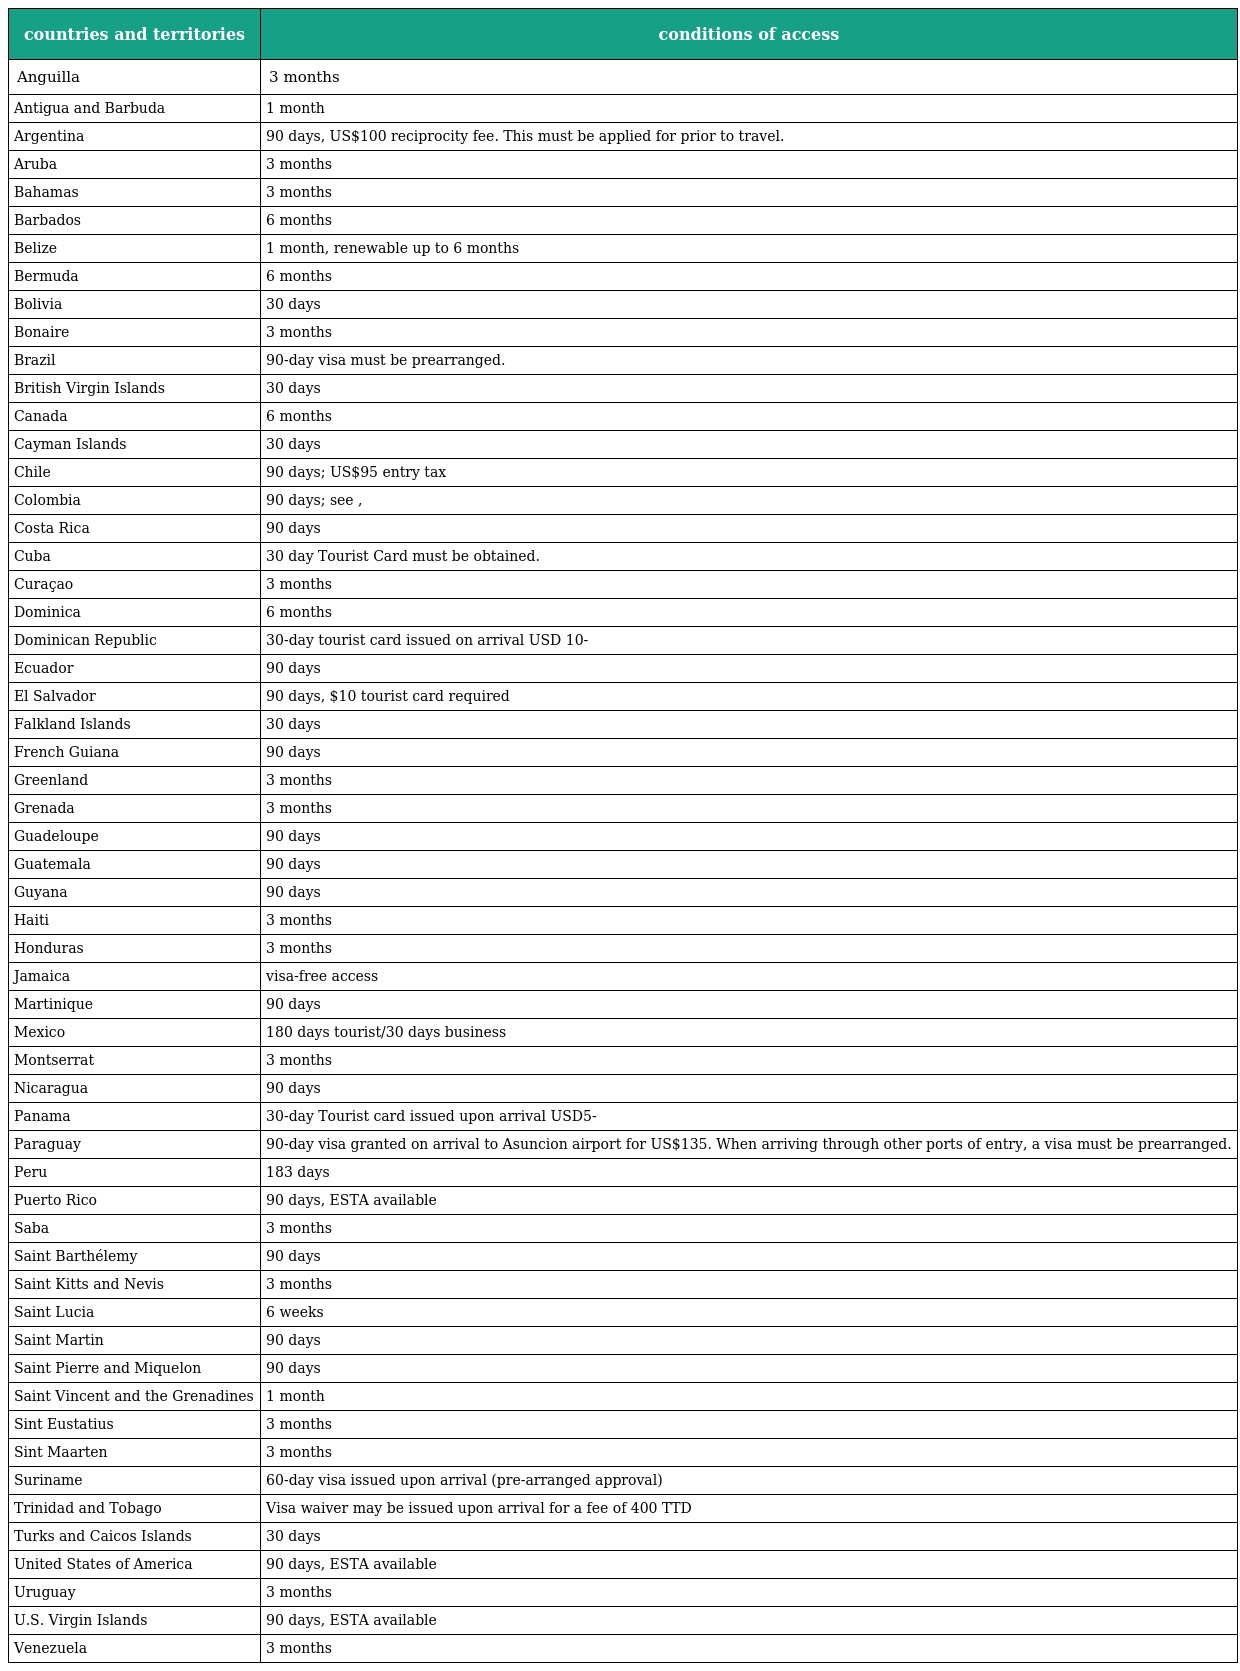
| countries and territories | conditions of access |
 | --- | --- |
 | Anguilla | 3 months |
 | Antigua and Barbuda | 1 month |
 | Argentina | 90 days, US$100 reciprocity fee. This must be applied for prior to travel. |
 | Aruba | 3 months |
 | Bahamas | 3 months |
 | Barbados | 6 months |
 | Belize | 1 month, renewable up to 6 months |
 | Bermuda | 6 months |
 | Bolivia | 30 days |
 | Bonaire | 3 months |
 | Brazil | 90-day visa must be prearranged. |
 | British Virgin Islands | 30 days |
 | Canada | 6 months |
 | Cayman Islands | 30 days |
 | Chile | 90 days; US$95 entry tax |
 | Colombia | 90 days; see , |
 | Costa Rica | 90 days |
 | Cuba | 30 day Tourist Card must be obtained. |
 | Curaçao | 3 months |
 | Dominica | 6 months |
 | Dominican Republic | 30-day tourist card issued on arrival USD 10- |
 | Ecuador | 90 days |
 | El Salvador | 90 days, $10 tourist card required |
 | Falkland Islands | 30 days |
 | French Guiana | 90 days |
 | Greenland | 3 months |
 | Grenada | 3 months |
 | Guadeloupe | 90 days |
 | Guatemala | 90 days |
 | Guyana | 90 days |
 | Haiti | 3 months |
 | Honduras | 3 months |
 | Jamaica | visa-free access |
 | Martinique | 90 days |
 | Mexico | 180 days tourist/30 days business |
 | Montserrat | 3 months |
 | Nicaragua | 90 days |
 | Panama | 30-day Tourist card issued upon arrival USD5- |
 | Paraguay | 90-day visa granted on arrival to Asuncion airport for US$135. When arriving through other ports of entry, a visa must be prearranged. |
 | Peru | 183 days |
 | Puerto Rico | 90 days, ESTA available |
 | Saba | 3 months |
 | Saint Barthélemy | 90 days |
 | Saint Kitts and Nevis | 3 months |
 | Saint Lucia | 6 weeks |
 | Saint Martin | 90 days |
 | Saint Pierre and Miquelon | 90 days |
 | Saint Vincent and the Grenadines | 1 month |
 | Sint Eustatius | 3 months |
 | Sint Maarten | 3 months |
 | Suriname | 60-day visa issued upon arrival (pre-arranged approval) |
 | Trinidad and Tobago | Visa waiver may be issued upon arrival for a fee of 400 TTD |
 | Turks and Caicos Islands | 30 days |
 | United States of America | 90 days, ESTA available |
 | Uruguay | 3 months |
 | U.S. Virgin Islands | 90 days, ESTA available |
 | Venezuela | 3 months |